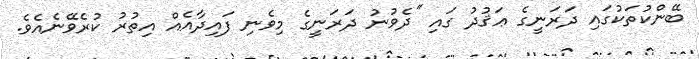
ބޭންކުތަކުގައި ދަރަނީގެ ޢަޤުދު ގައި ''ދެވުނު ދަރަނީގެ މިވެނި ފައިދާއެއް އިތުރު ކުރެވޭނެއެވެ.